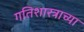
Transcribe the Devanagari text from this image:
गतिशास्त्राच्या